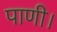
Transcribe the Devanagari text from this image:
पाणी।